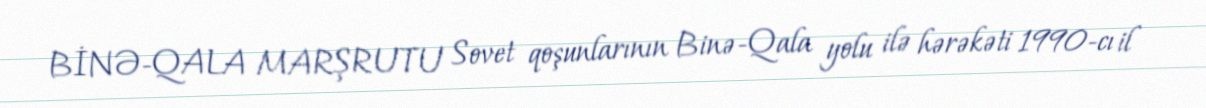
BİNƏ-QALA MARŞRUTU Sovet qoşunlarının Binə-Qala yolu ilə hərəkəti 1990-cı il